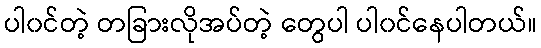
ပါ၀င်တဲ့ တခြားလိုအပ်တဲ့ တွေပါ ပါ၀င်နေပါတယ်။